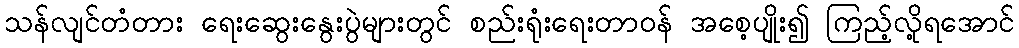
သန်လျင်တံတား ရေးဆွေးနွေးပွဲများတွင် စည်းရုံးရေးတာဝန် အစေ့ပျိုး၍ ကြည့်လို့ရအောင်